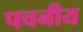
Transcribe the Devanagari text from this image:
पचनीय